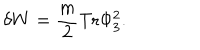
\delta W = { \frac { m } { 2 } } \mathrm { T r } \Phi _ { 3 } ^ { 2 } .